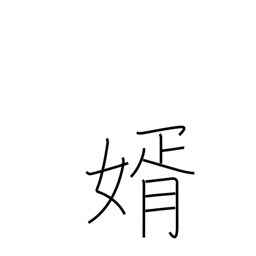
Meaning: bridegroom